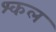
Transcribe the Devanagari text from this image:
श्कल